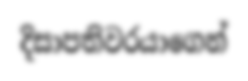
දිසාපතිවරයාගෙන්